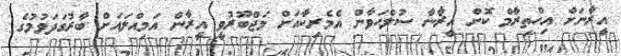
އީރާނަށް އިހްތިރާމް ކޮށް އީރާނާ ސުލްޙަވާން އެމެރިކާއަށް މަޖްބޫރުވީ އީރާން އަމިއްލައަށް ބާރުގަދަވުމުގެ